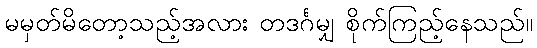
မမှတ်မိတော့သည့်အလား တဒင်္ဂမျှ စိုက်ကြည့်နေသည်။